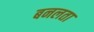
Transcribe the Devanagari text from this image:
बनलता